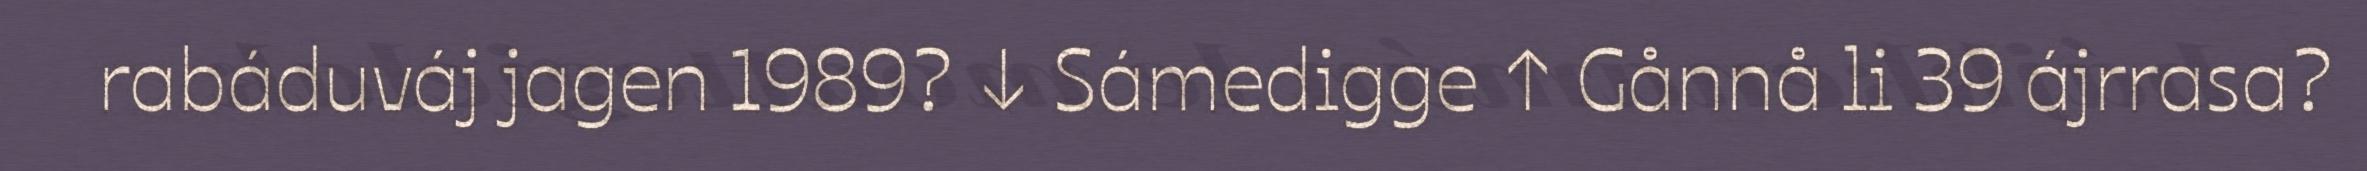
rabáduváj jagen 1989? ↓ Sámedigge ↑ Gånnå li 39 ájrrasa?